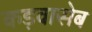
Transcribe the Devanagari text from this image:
कड़वासेब